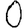
Digit: 0